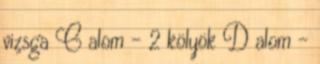
vizsga C alom - 2 kölyök D alom -